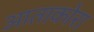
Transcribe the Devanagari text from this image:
आताकोरा